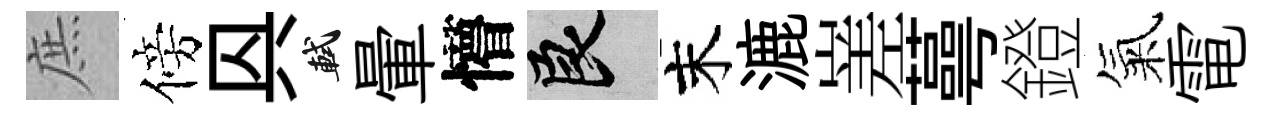
庶傍㒷軾暈懵良末漉嵳蕚鐙氣電